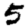
Digit: 5